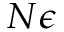
N \epsilon